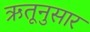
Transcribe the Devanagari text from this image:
ऋतूनुसार